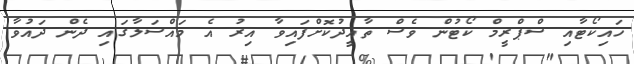
ހައިކޯޓާއި ސްޕްރީމް ކޯޓުން ވެސް ތާއީދުކޮށްފައިވާ އިރު އެ މައްސަލާގައި ދެން ދައުވާ